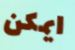
ايمكن